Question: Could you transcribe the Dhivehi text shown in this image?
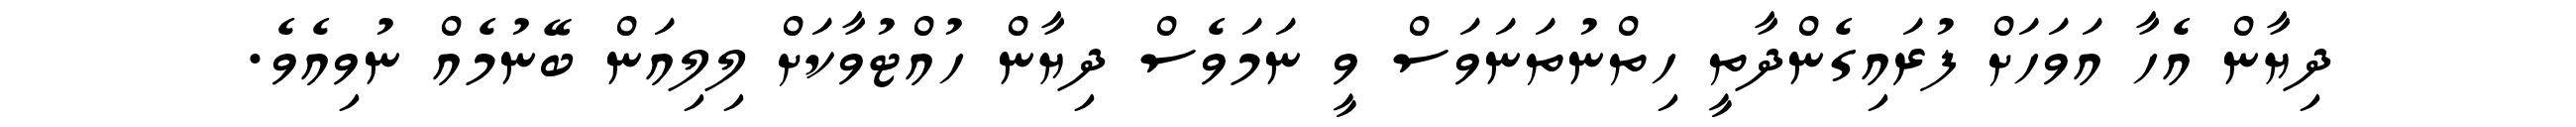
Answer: ދިޔާން އެހާ އަވަހަށް ފުރައިގެންދާތީ ހިތްނުތަނަވަސް ވީ ނަމަވެސް ދިޔާން ހުއްޓުވާކަށް ލިލިއަން ބޭނުމެއް ނުވިއެވެ.